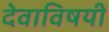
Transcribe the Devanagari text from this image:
देवाविषयी